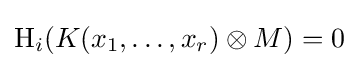
\operatorname {H} _{i}(K(x_{1},\dots ,x_{r})\otimes M)=0